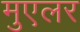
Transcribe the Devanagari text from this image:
मुएलर